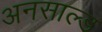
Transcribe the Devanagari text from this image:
अनसाल्ड